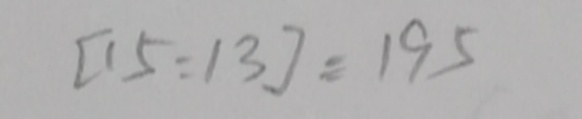
[ 1 5 : 1 3 ] = 1 9 5